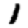
Digit: 1